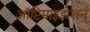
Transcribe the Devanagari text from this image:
ऑप्टिमाइझेशन